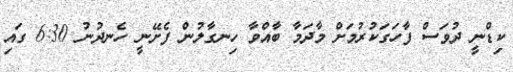
ކިޑްނީ ދުވަސް ފާހަގަކުރުމަށް މާދަމާ ބާއްވާ ހިނގާލުން ފެށޭނީ ހެނދުނު 6:30 ގައި